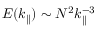
E ( k _ { \parallel } ) \sim N ^ { 2 } k _ { \parallel } ^ { - 3 }